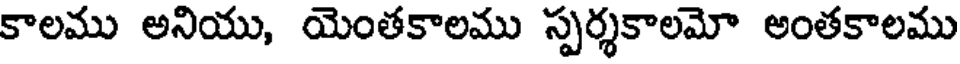
కాలము అనియు, యెంతకాలము స్పర్శకాలమో అంతకాలము